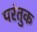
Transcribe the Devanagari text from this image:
परंतुक